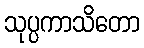
သုပ္ပကာသိတော